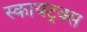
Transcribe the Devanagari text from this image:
स्कायट्रक्स